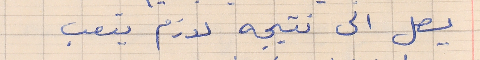
يصل الى نتيجه لازم يتعب